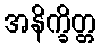
အနိက္ခိတ္တ